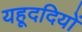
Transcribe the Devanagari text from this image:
यहूददियों